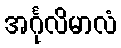
အင်္ဂုလိမာလံ